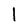
Character: I